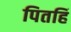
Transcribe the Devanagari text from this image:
पितहिं